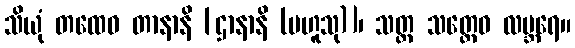
သိယုံ တထေဝ တာနာနိ [ဌာနာနိ (ဗဟူသု)]၊ သတ္တ သတ္တေဝ လဗ္ဘရေ။